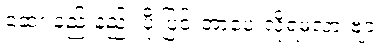
ဆေး နည်းနည်း ပို ပြင်းတာပေးလို့ရမလားဗျာ။